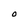
Character: O